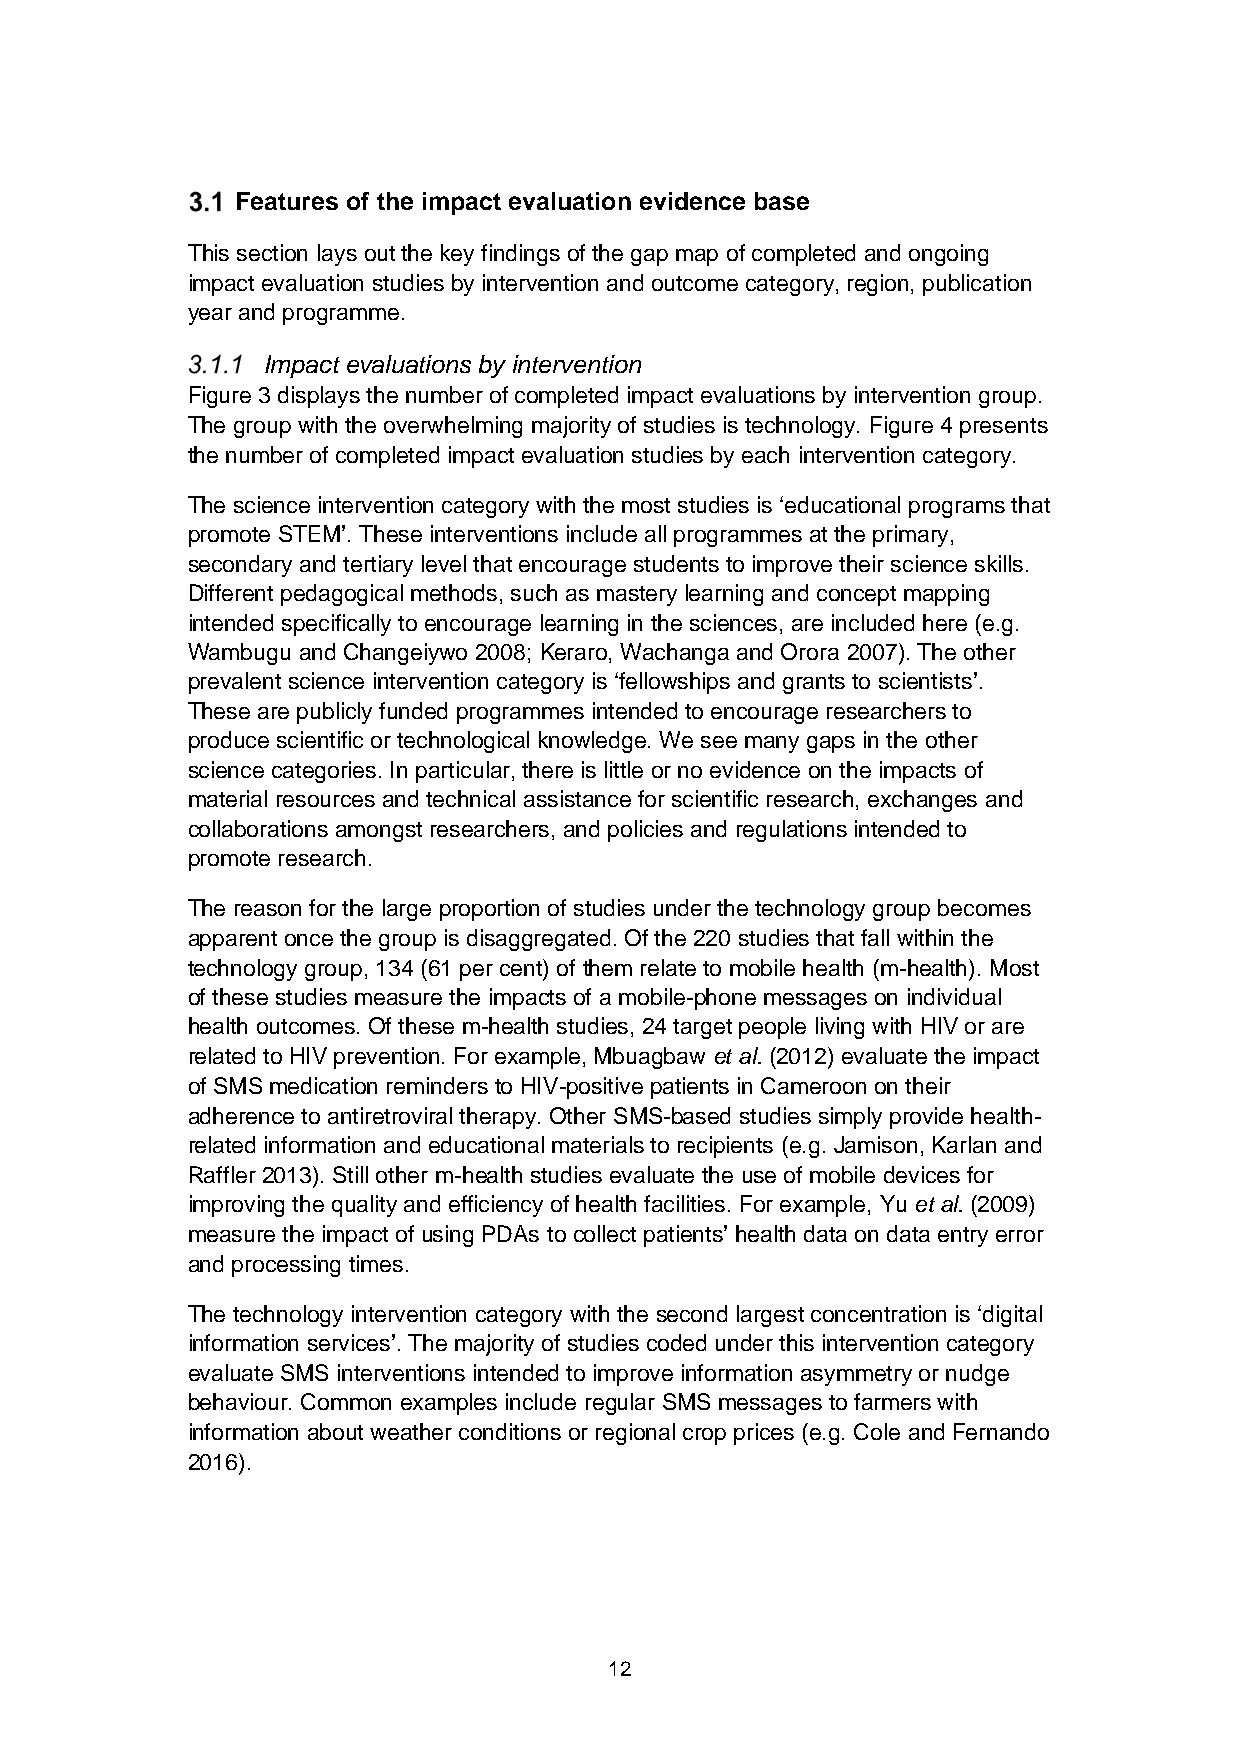
Features of the impact evaluation evidence base
 This section lays out the key findings of the gap map of completed and ongoing
 impact evaluation studies by intervention and outcome category, region, publication
 year and programme.
 Impact evaluations by intervention
 Figure 3 displays the number of completed impact evaluations by intervention group.
 The group with the overwhelming majority of studies is technology. Figure 4 presents
 the number of completed impact evaluation studies by each intervention category.
 The science intervention category with the most studies is ‘educational programs that
 promote STEM’. These interventions include all programmes at the primary,
 secondary and tertiary level that encourage students to improve their science skills.
 Different pedagogical methods, such as mastery learning and concept mapping
 intended specifically to encourage learning in the sciences, are included here (e.g.
 Wambugu and Changeiywo 2008; Keraro, Wachanga and Orora 2007). The other
 prevalent science intervention category is ‘fellowships and grants to scientists’.
 These are publicly funded programmes intended to encourage researchers to
 produce scientific or technological knowledge. We see many gaps in the other
 science categories. In particular, there is little or no evidence on the impacts of
 material resources and technical assistance for scientific research, exchanges and
 collaborations amongst researchers, and policies and regulations intended to
 promote research.
 The reason for the large proportion of studies under the technology group becomes
 apparent once the group is disaggregated. Of the 220 studies that fall within the
 technology group, 134 (61 per cent) of them relate to mobile health (m-health). Most
 of these studies measure the impacts of a mobile-phone messages on individual
 health outcomes. Of these m-health studies, 24 target people living with HIV or are
 related to HIV prevention. For example, Mbuagbaw et al. (2012) evaluate the impact
 of SMS medication reminders to HIV-positive patients in Cameroon on their
 adherence to antiretroviral therapy. Other SMS-based studies simply provide health-
 related information and educational materials to recipients (e.g. Jamison, Karlan and
 Raffler 2013). Still other m-health studies evaluate the use of mobile devices for
 improving the quality and efficiency of health facilities. For example, Yu et al. (2009)
 measure the impact of using PDAs to collect patients’ health data on data entry error
 and processing times.
 The technology intervention category with the second largest concentration is ‘digital
 information services’. The majority of studies coded under this intervention category
 evaluate SMS interventions intended to improve information asymmetry or nudge
 behaviour. Common examples include regular SMS messages to farmers with
 information about weather conditions or regional crop prices (e.g. Cole and Fernando
 2016).
 12